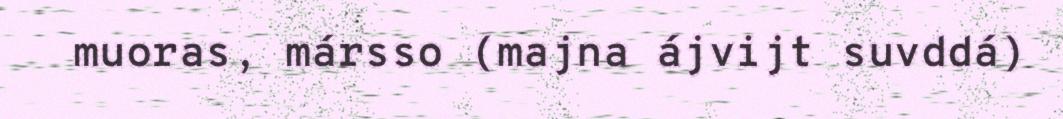
muoras, mársso (majna ájvijt suvddá)